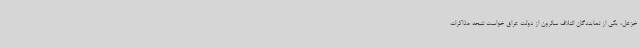
خزعل، یکی از نمایندگان ائتلاف سائرون از دولت عراق خواست نتیجه مذاکرات